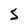
Character: S